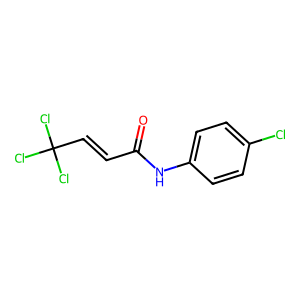
SMILES: O=C(C=CC(Cl)(Cl)Cl)Nc1ccc(Cl)cc1
Inhibits HIV replication: No